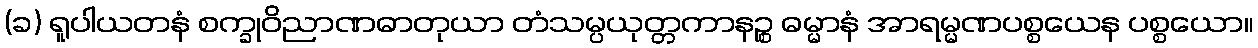
(ခ) ရူပါယတနံ စက္ခုဝိညာဏဓာတုယာ တံသမ္ပယုတ္တကာနဉ္စ ဓမ္မာနံ အာရမ္မဏပစ္စယေန ပစ္စယော။